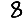
Digit: 8